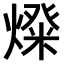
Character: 𤍝